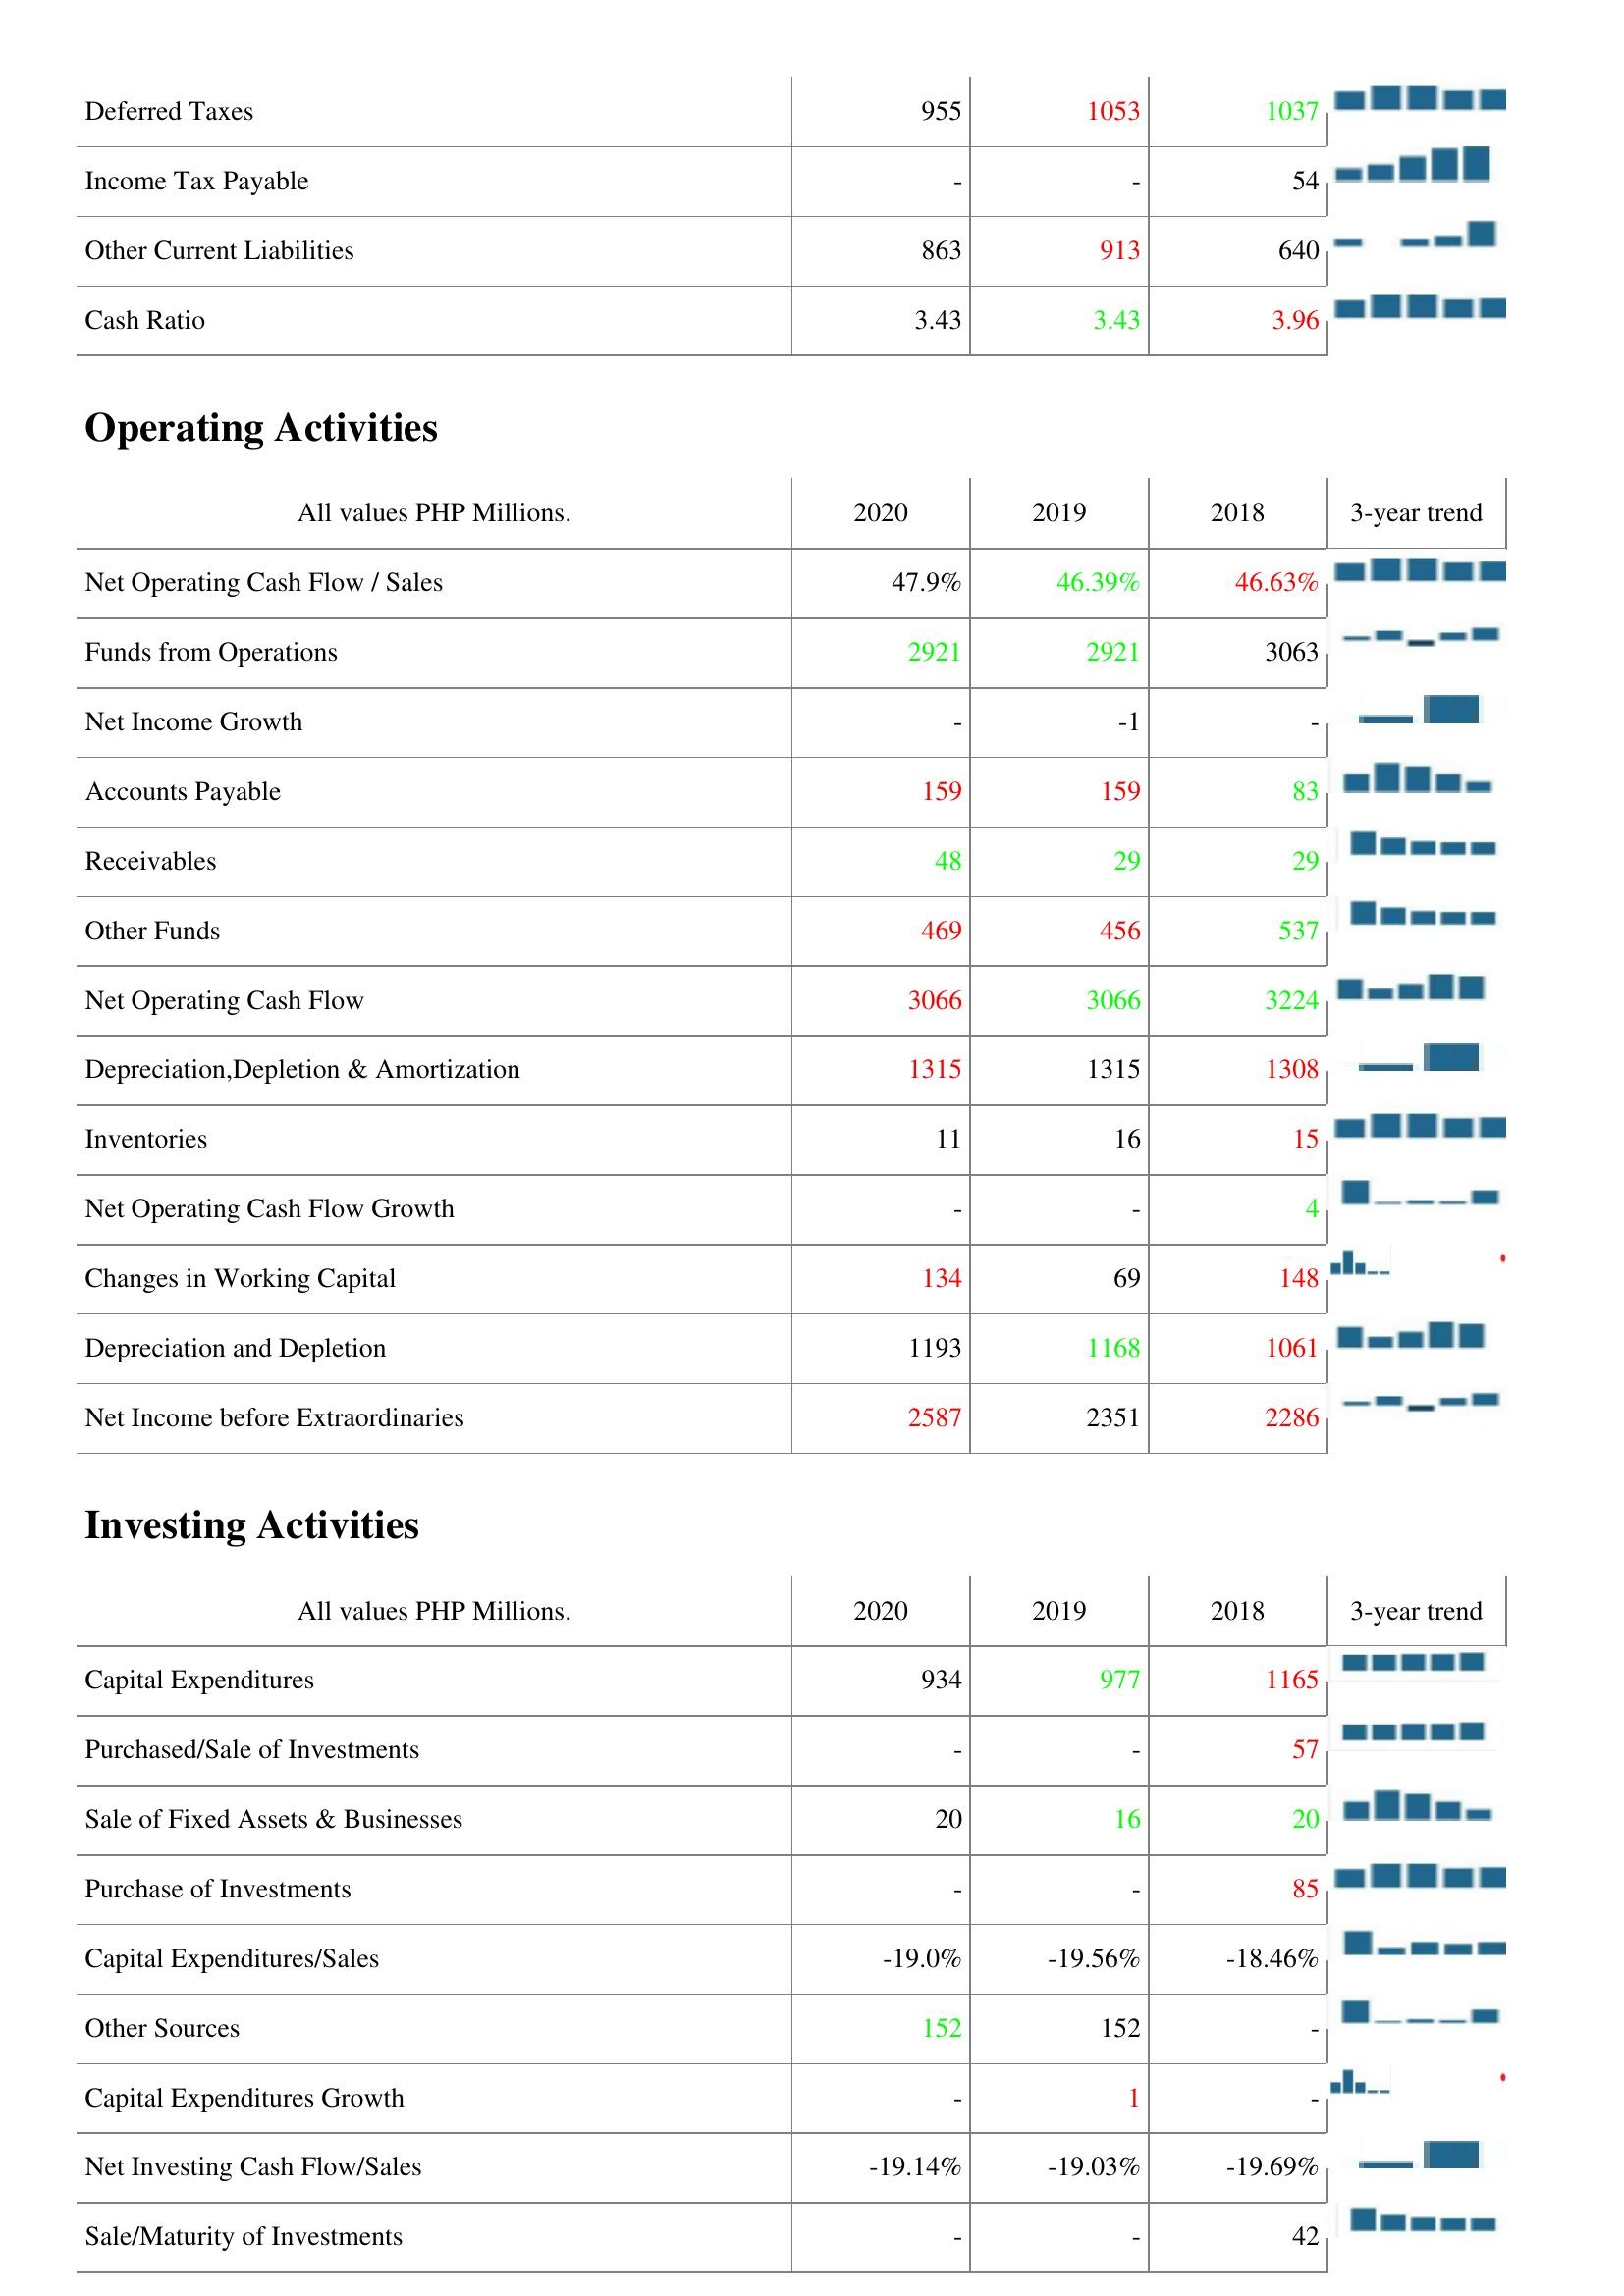
2020: Liabilities & Shareholder's Equity: Deferred Taxes: 955
Income Tax Payable: -
Other Current Liabilities: 863
Cash Ratio: 3.43
Operating Activities: Net Operating Cash Flow / Sales: 47.9%
Funds from Operations: 2921
Net Income Growth: -
Accounts Payable: 159
Receivables: 48
Other Funds: 469
Net Operating Cash Flow: 3066
Depreciation,Depletion & Amortization: 1315
Inventories: 11
Net Operating Cash Flow Growth: -
Changes in Working Capital: 134
Depreciation and Depletion: 1193
Net Income before Extraordinaries: 2587
Investing Activities: Capital Expenditures: 934
Purchased/Sale of Investments: -
Sale of Fixed Assets & Businesses: 20
Purchase of Investments: -
Capital Expenditures/Sales: -19.0%
Other Sources: 152
Capital Expenditures Growth: -
Net Investing Cash Flow/Sales: -19.14%
Sale/Maturity of Investments: -
2019: Liabilities & Shareholder's Equity: Deferred Taxes: 1053
Income Tax Payable: -
Other Current Liabilities: 913
Cash Ratio: 3.43
Operating Activities: Net Operating Cash Flow / Sales: 46.39%
Funds from Operations: 2921
Net Income Growth: -1
Accounts Payable: 159
Receivables: 29
Other Funds: 456
Net Operating Cash Flow: 3066
Depreciation,Depletion & Amortization: 1315
Inventories: 16
Net Operating Cash Flow Growth: -
Changes in Working Capital: 69
Depreciation and Depletion: 1168
Net Income before Extraordinaries: 2351
Investing Activities: Capital Expenditures: 977
Purchased/Sale of Investments: -
Sale of Fixed Assets & Businesses: 16
Purchase of Investments: -
Capital Expenditures/Sales: -19.56%
Other Sources: 152
Capital Expenditures Growth: 1
Net Investing Cash Flow/Sales: -19.03%
Sale/Maturity of Investments: -
2018: Liabilities & Shareholder's Equity: Deferred Taxes: 1037
Income Tax Payable: 54
Other Current Liabilities: 640
Cash Ratio: 3.96
Operating Activities: Net Operating Cash Flow / Sales: 46.63%
Funds from Operations: 3063
Net Income Growth: -
Accounts Payable: 83
Receivables: 29
Other Funds: 537
Net Operating Cash Flow: 3224
Depreciation,Depletion & Amortization: 1308
Inventories: 15
Net Operating Cash Flow Growth: 4
Changes in Working Capital: 148
Depreciation and Depletion: 1061
Net Income before Extraordinaries: 2286
Investing Activities: Capital Expenditures: 1165
Purchased/Sale of Investments: 57
Sale of Fixed Assets & Businesses: 20
Purchase of Investments: 85
Capital Expenditures/Sales: -18.46%
Other Sources: -
Capital Expenditures Growth: -
Net Investing Cash Flow/Sales: -19.69%
Sale/Maturity of Investments: 42